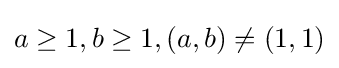
a\geq 1,b\geq 1,(a,b)\neq (1,1)